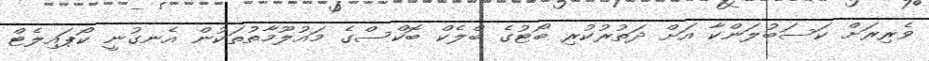
ވެރިރަށް ކަސަބުލަންކާ އަށް ދަތުރުކުރި ބޯޓުގެ ބްލެކް ބޮކްސްގެ މައުލޫމާތުތަކުން އެނގުނީ ކޯޕައިލެޓް